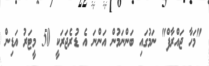
"މަހާ ޖައްރާފް" ނަމުގައި ބަންނަމުން އަންނަ އެ ޑުރެޖަރަކީ 50 މީޓަރު އަޑިން